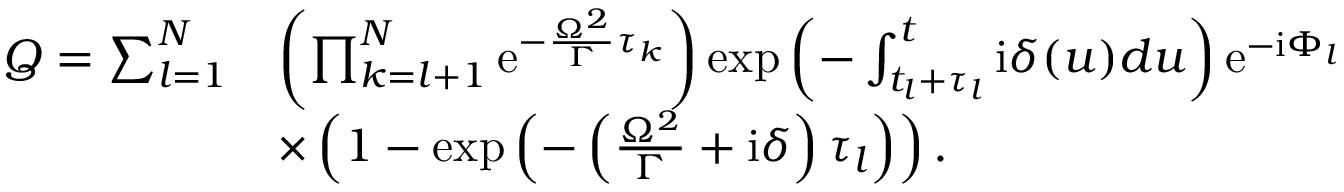
\begin{array} { r l } { Q = \sum _ { l = 1 } ^ { N } } & { \left( \prod _ { k = l + 1 } ^ { N } \mathrm { e } ^ { - \frac { \Omega ^ { 2 } } { \Gamma } \tau _ { k } } \right) \exp \left( - \int _ { t _ { l } + \tau _ { l } } ^ { t } \mathrm { i } \delta ( u ) d u \right) \mathrm { e } ^ { - \mathrm { i } \Phi _ { l } } } \\ & { \times \left( 1 - \exp \left( - \left( \frac { \Omega ^ { 2 } } { \Gamma } + \mathrm { i } \delta \right) \tau _ { l } \right) \right) . } \end{array}